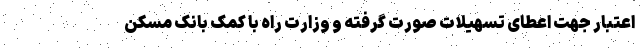
اعتبار جهت اعطای تسهیلات صورت گرفته و وزارت راه با کمک بانک مسکن